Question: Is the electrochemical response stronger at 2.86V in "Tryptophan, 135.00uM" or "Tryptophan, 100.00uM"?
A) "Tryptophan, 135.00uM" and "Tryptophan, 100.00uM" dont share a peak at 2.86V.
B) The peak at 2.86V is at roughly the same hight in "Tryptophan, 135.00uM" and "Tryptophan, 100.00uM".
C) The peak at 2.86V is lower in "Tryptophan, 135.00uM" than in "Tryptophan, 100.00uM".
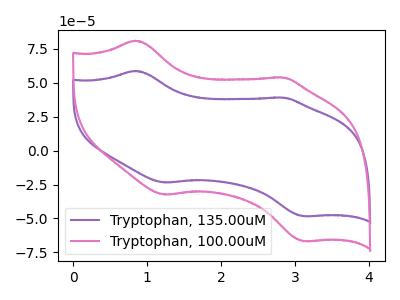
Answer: <think>The purple curve "Tryptophan, 135.00uM" has anodic peaks at (0.85V, 58.65uA) (2.85V, 39.00uA) and cathodic peaks at (1.25V, -23.55uA) (3.10V, -48.35uA). The pink curve "Tryptophan, 100.00uM" has anodic peaks at (0.85V, 80.95uA) (2.85V, 53.80uA) and cathodic peaks at (1.25V, -32.50uA) (3.10V, -66.70uA).</think>
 <answer>C) The peak at 2.86V is lower in "Tryptophan, 135.00uM" than in "Tryptophan, 100.00uM".</answer>
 <eval>C</eval>